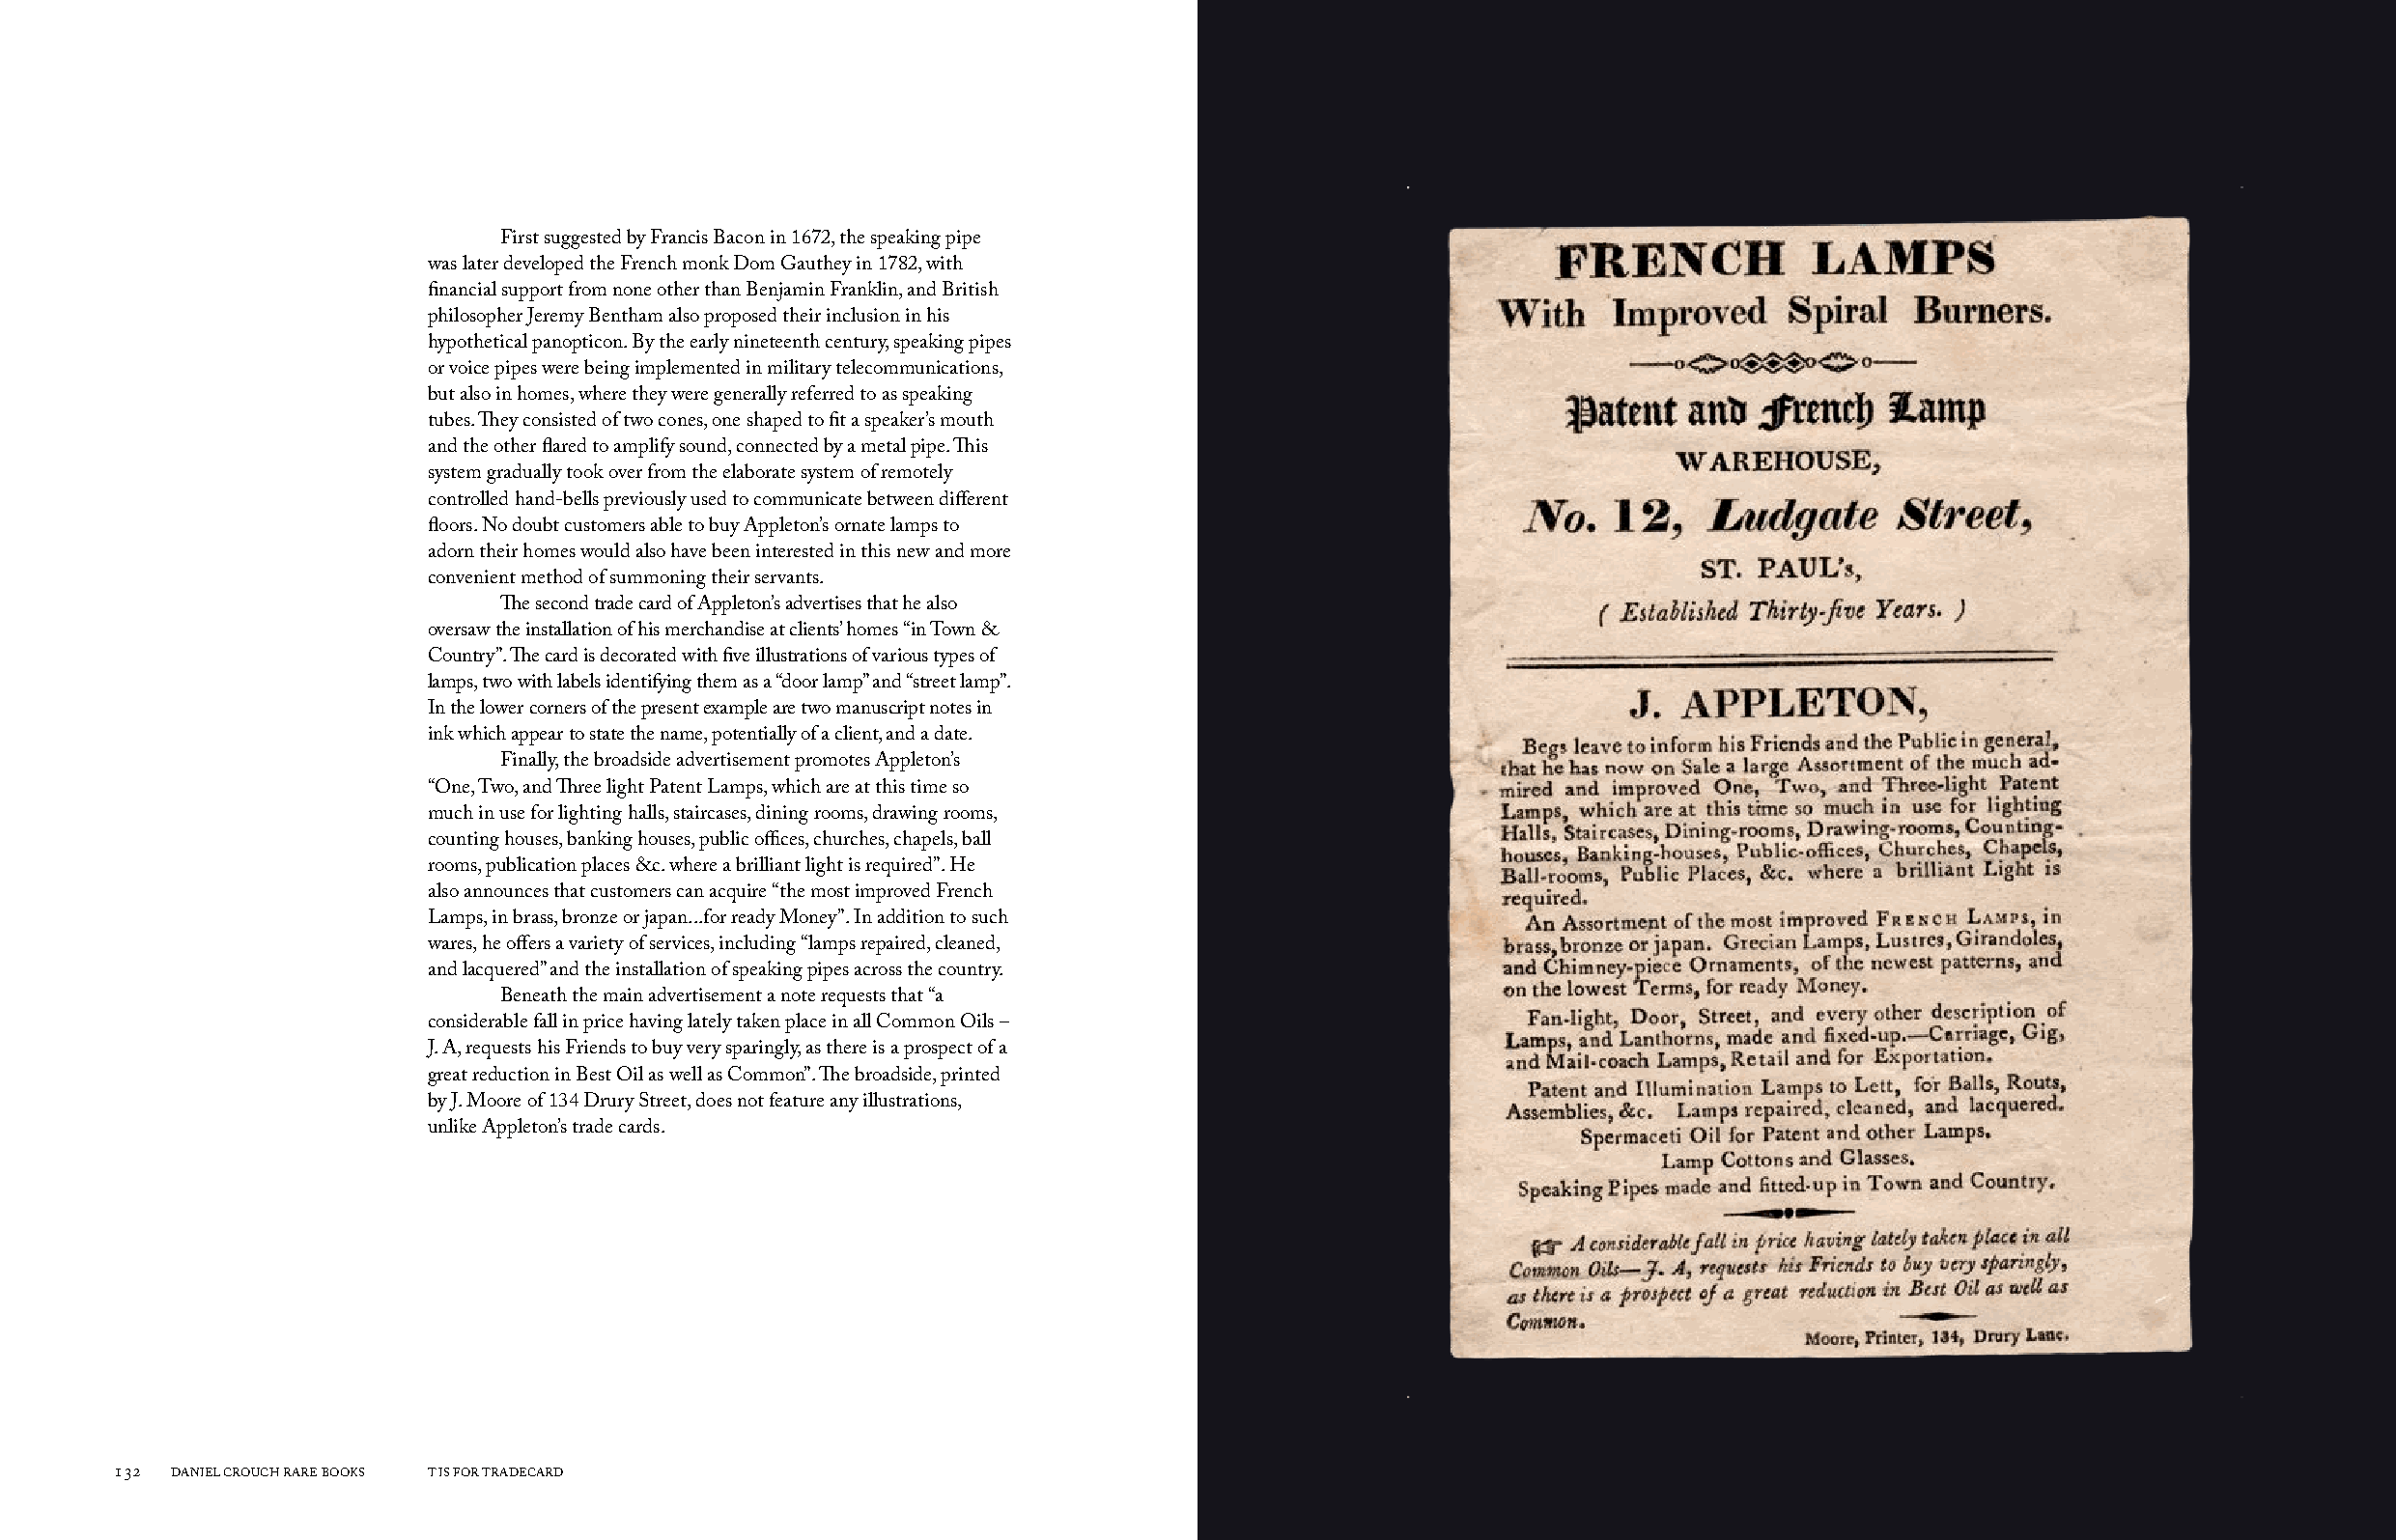
First suggested by Francis Bacon in 1672, the speaking pipe
 was later developed the French monk Dom Gauthey in 1782, with
 financial support from none other than Benjamin Franklin, and British
 philosopher Jeremy Bentham also proposed their inclusion in his
 hypothetical panopticon. By the early nineteenth century, speaking pipes
 or voice pipes were being implemented in military telecommunications,
 but also in homes, where they were generally referred to as speaking
 tubes. They consisted of two cones, one shaped to fit a speaker’s mouth
 and the other flared to amplify sound, connected by a metal pipe. This
 system gradually took over from the elaborate system of remotely
 controlled hand-bells previously used to communicate between different
 floors. No doubt customers able to buy Appleton’s ornate lamps to
 adorn their homes would also have been interested in this new and more
 convenient method of summoning their servants.
 The second trade card of Appleton’s advertises that he also
 oversaw the installation of his merchandise at clients’ homes “in Town &
 Country”. The card is decorated with five illustrations of various types of
 lamps, two with labels identifying them as a “door lamp” and “street lamp”.
 In the lower corners of the present example are two manuscript notes in
 ink which appear to state the name, potentially of a client, and a date.
 Finally, the broadside advertisement promotes Appleton’s
 “One, Two, and Three light Patent Lamps, which are at this time so
 much in use for lighting halls, staircases, dining rooms, drawing rooms,
 counting houses, banking houses, public offices, churches, chapels, ball
 rooms, publication places &c. where a brilliant light is required”. He
 also announces that customers can acquire “the most improved French
 Lamps, in brass, bronze or japan...for ready Money”. In addition to such
 wares, he offers a variety of services, including “lamps repaired, cleaned,
 and lacquered” and the installation of speaking pipes across the country.
 Beneath the main advertisement a note requests that “a
 considerable fall in price having lately taken place in all Common Oils –
 J. A, requests his Friends to buy very sparingly, as there is a prospect of a
 great reduction in Best Oil as well as Common”. The broadside, printed
 by J. Moore of 134 Drury Street, does not feature any illustrations,
 unlike Appleton’s trade cards.
 132 DANIEL CROUCH RARE BOOKS T IS FOR TRADECARD                                                                       T IS FOR TRADECARD DANIEL CROUCH RARE BOOKS 133